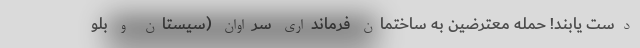
دست یابند! حمله معترضین به ساختمان فرمانداری سراوان (سیستان و بلو